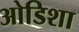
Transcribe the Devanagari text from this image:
ओडिशा